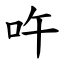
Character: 吘